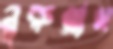
নুরুল্লাহ